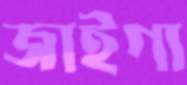
জাইগা